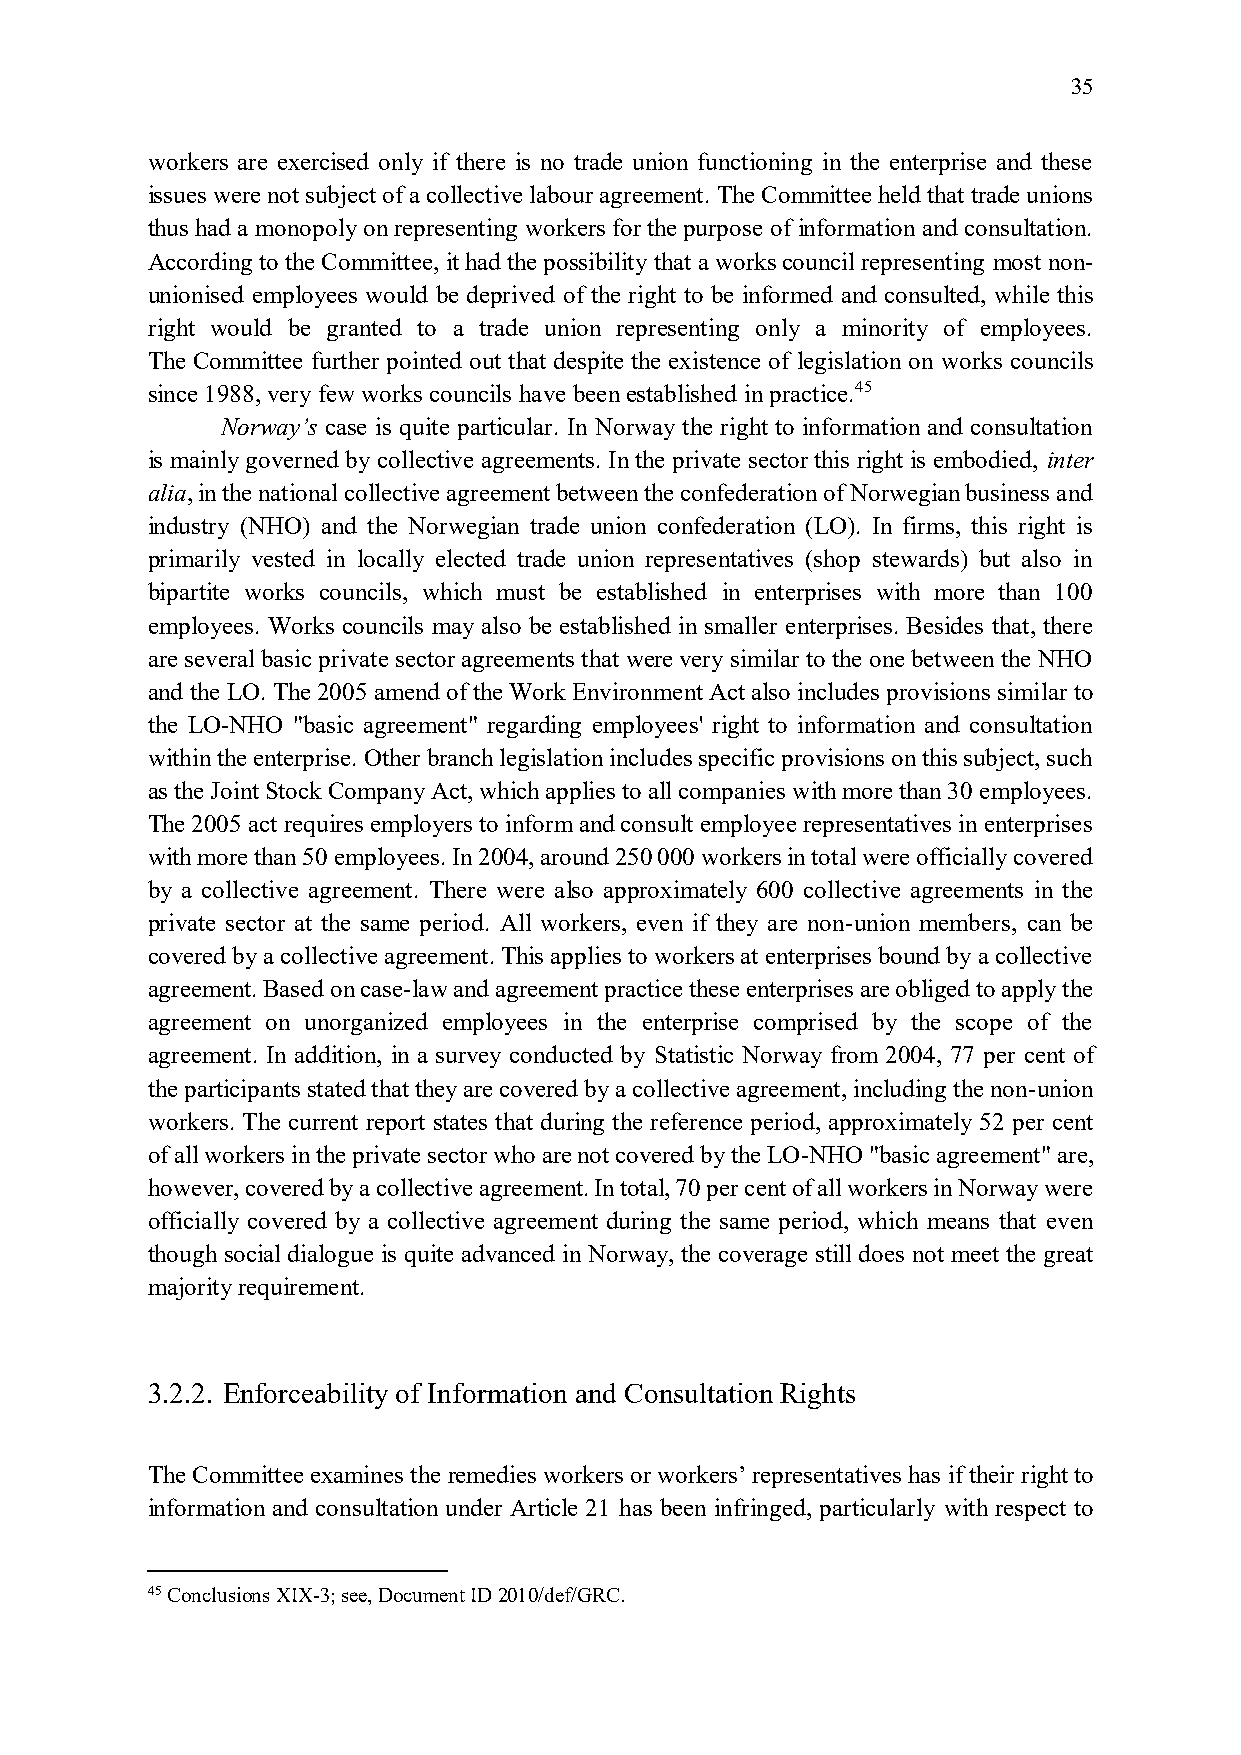
35
 workers are exercised only if there is no trade union functioning in the enterprise and these
 issues were not subject of a collective labour agreement. The Committee held that trade unions
 thus had a monopoly on representing workers for the purpose of information and consultation.
 According to the Committee, it had the possibility that a works council representing most non-
 unionised employees would be deprived of the right to be informed and consulted, while this
 right would be granted to a trade union representing only a minority of employees.
 The Committee further pointed out that despite the existence of legislation on works councils
 since 1988, very few works councils have been established in practice.45
 Norway’s case is quite particular. In Norway the right to information and consultation
 is mainly governed by collective agreements. In the private sector this right is embodied, inter
 alia, in the national collective agreement between the confederation of Norwegian business and
 industry (NHO) and the Norwegian trade union confederation (LO). In firms, this right is
 primarily vested in locally elected trade union representatives (shop stewards) but also in
 bipartite works councils, which must be established in enterprises with more than 100
 employees. Works councils may also be established in smaller enterprises. Besides that, there
 are several basic private sector agreements that were very similar to the one between the NHO
 and the LO. The 2005 amend of the Work Environment Act also includes provisions similar to
 the LO-NHO "basic agreement" regarding employees' right to information and consultation
 within the enterprise. Other branch legislation includes specific provisions on this subject, such
 as the Joint Stock Company Act, which applies to all companies with more than 30 employees.
 The 2005 act requires employers to inform and consult employee representatives in enterprises
 with more than 50 employees. In 2004, around 250 000 workers in total were officially covered
 by a collective agreement. There were also approximately 600 collective agreements in the
 private sector at the same period. All workers, even if they are non-union members, can be
 covered by a collective agreement. This applies to workers at enterprises bound by a collective
 agreement. Based on case-law and agreement practice these enterprises are obliged to apply the
 agreement on unorganized employees in the enterprise comprised by the scope of the
 agreement. In addition, in a survey conducted by Statistic Norway from 2004, 77 per cent of
 the participants stated that they are covered by a collective agreement, including the non-union
 workers. The current report states that during the reference period, approximately 52 per cent
 of all workers in the private sector who are not covered by the LO-NHO "basic agreement" are,
 however, covered by a collective agreement. In total, 70 per cent of all workers in Norway were
 officially covered by a collective agreement during the same period, which means that even
 though social dialogue is quite advanced in Norway, the coverage still does not meet the great
 majority requirement.
 3.2.2. Enforceability of Information and Consultation Rights
 The Committee examines the remedies workers or workers’ representatives has if their right to
 information and consultation under Article 21 has been infringed, particularly with respect to
 45 Conclusions XIX-3; see, Document ID 2010/def/GRC.